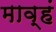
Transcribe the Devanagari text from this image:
माव्हं